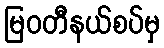
မြဝတီနယ်စပ်မှ